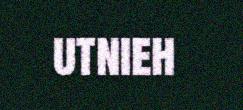
utnieh